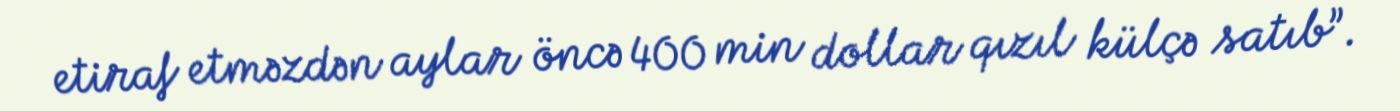
etiraf etməzdən aylar öncə 400 min dollar qızıl külçə satıb”.